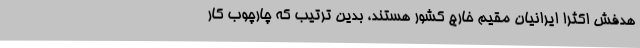
هدفش اکثرا ایرانیان مقیم خارج کشور هستند، بدین ترتیب که چارچوب کار